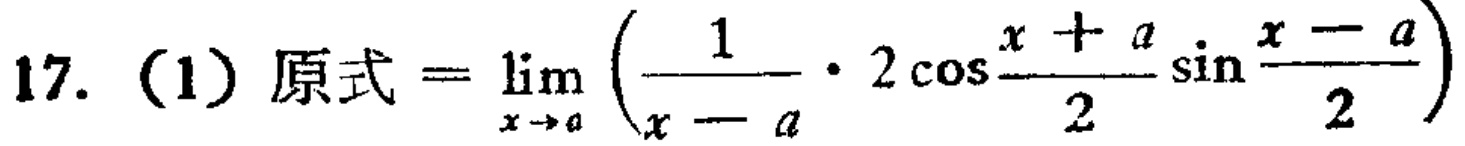
17. (1) 原式 \(=\lim_{x \to a} \left(\frac{1}{x - a} \cdot 2\cos\frac{x + a}{2}\sin\frac{x - a}{2}\right)\)